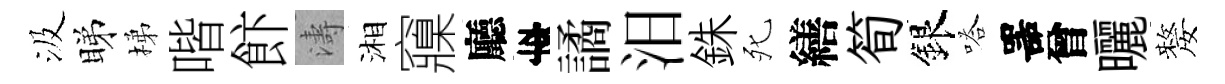
汲睇梯喈飰濤湘䆿廳李譎汨銖死繕筍銀嗒噐曾曬嫠